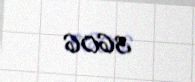
3606